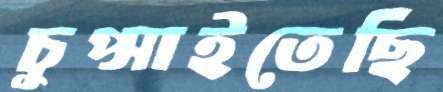
চুপ্‌সাইতেছি